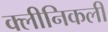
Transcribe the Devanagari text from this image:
क्लीनिकली